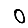
Digit: 0